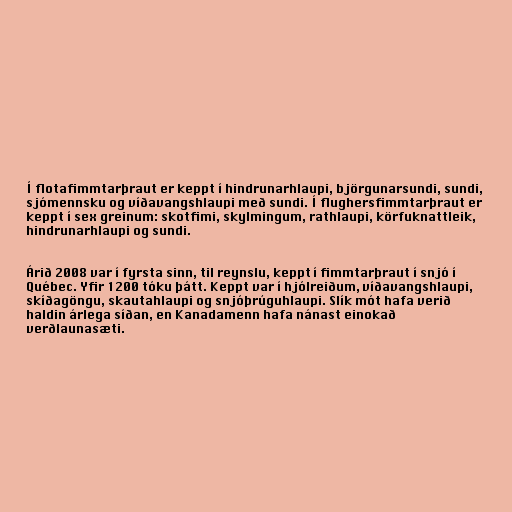
Í flotafimmtarþraut er keppt í hindrunarhlaupi, björgunarsundi, sundi,
sjómennsku og víðavangshlaupi með sundi. Í flughersfimmtarþraut er
keppt í sex greinum: skotfimi, skylmingum, rathlaupi, körfuknattleik,
hindrunarhlaupi og sundi.

Árið 2008 var í fyrsta sinn, til reynslu, keppt í fimmtarþraut í snjó í
Québec. Yfir 1200 tóku þátt. Keppt var í hjólreiðum, víðavangshlaupi,
skíðagöngu, skautahlaupi og snjóþrúguhlaupi. Slík mót hafa verið
haldin árlega síðan, en Kanadamenn hafa nánast einokað
verðlaunasæti.